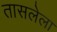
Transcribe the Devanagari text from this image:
तासलेला